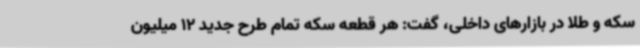
سکه و طلا در بازارهای داخلی، گفت: هر قطعه سکه تمام طرح جدید 12 میلیون